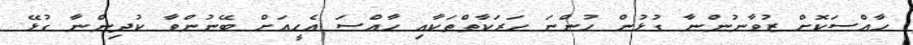
ހާއްސަކޮށް ޒުވާނުންނާ ގުޅުން ހުންނަ ހަރަކާތްތަކާއި ހާއްސަ އެހީއަށް ބޭނުންވާ ކުދިންނާ ގުޅޭ